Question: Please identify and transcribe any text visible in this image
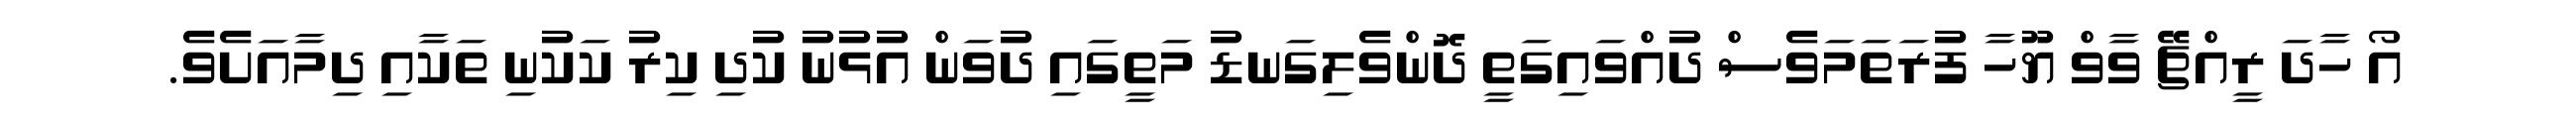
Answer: އޯ ހާދަ ރީއްޗޭ ވާވް ޔޫހާ ފުރަތަމަވެސް ދުއްވައިގަތީ ދޮންވެލިގަނޑު މަތީގައި ދުވަން އުޅުނު ކުދި ކިރު ކަކުނި ތަކާއި ދިމާއަށެވެ.